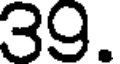
39.